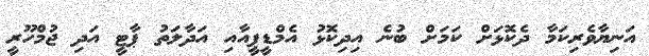
އަނިޔާވެރިކަމާ ދެކޮޅަށް ކަމަށް ބުނެ އިދިކޮޅު އެމްޑީޕީއާއި އަދާލަތު ޕާޓީ އަދި ޖުމްހޫރީ